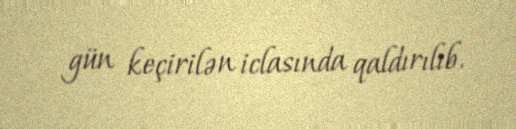
gün keçirilən iclasında qaldırılıb.